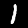
Label: 1